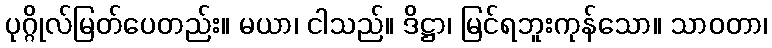
ပုဂ္ဂိုလ်မြတ်ပေတည်း။ မယာ၊ ငါသည်။ ဒိဋ္ဌာ၊ မြင်ရဘူးကုန်သော။ သာဝတာ၊